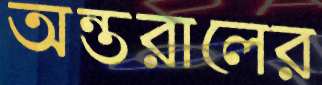
অন্তরালের